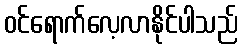
ဝင်ရောက်လေ့လာနိုင်ပါသည်